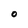
Character: O